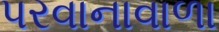
પરવાનાવાળા